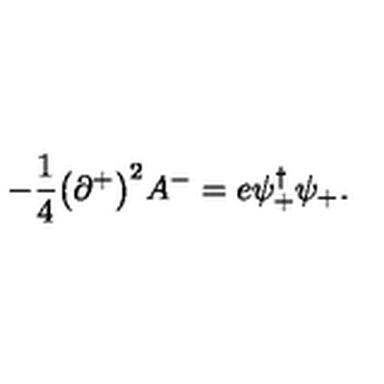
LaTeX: - { \frac { 1 } { 4 } } \bigl ( \partial ^ { + } \bigr ) ^ { 2 } A ^ { - } = e \psi _ { + } ^ { \dagger } \psi _ { + } .